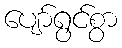
ပျော်ရွင်စွာ